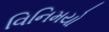
વિનિમયો